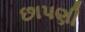
છાપણી